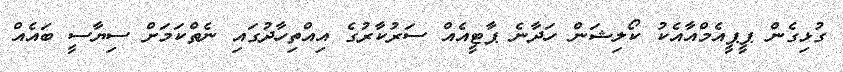
ގުޅިގެން ޕީޕީއެމްއާއެކު ކޯލިޝަން ހަދާނެ ޕާޓީއެއް ސަރުކާރުގެ އިއްތިހާދުގައި ނެތްކަމަށް ސިޔާސީ ބައެއް